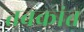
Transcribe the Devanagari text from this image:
तबकांत